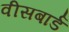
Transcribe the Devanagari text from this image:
वीसबार्ड